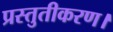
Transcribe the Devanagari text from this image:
प्रस्तुतीकरण।